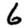
Digit: 6